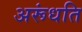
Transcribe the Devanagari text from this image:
अरूंधति